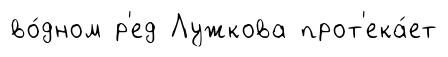
во́дном р'ед Лужкова прот'ека́ет